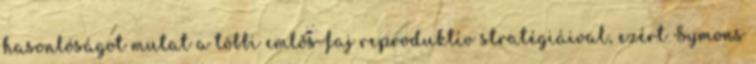
hasonlóságot mutat a többi emlős-faj reproduktív stratégiáival, ezért Symons